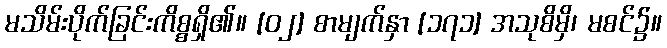
မသိမ်းပိုက်ခြင်းကိစ္စရှိ၏။ [၀၂] စာမျက်နှာ [၁၇၁] အသုစိမှိ၊ မစင်၌။